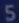
55555